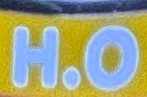
H.O